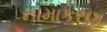
નામાકરણ